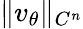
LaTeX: \| v_{\theta}\| _{C^{n}}